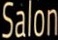
Salon